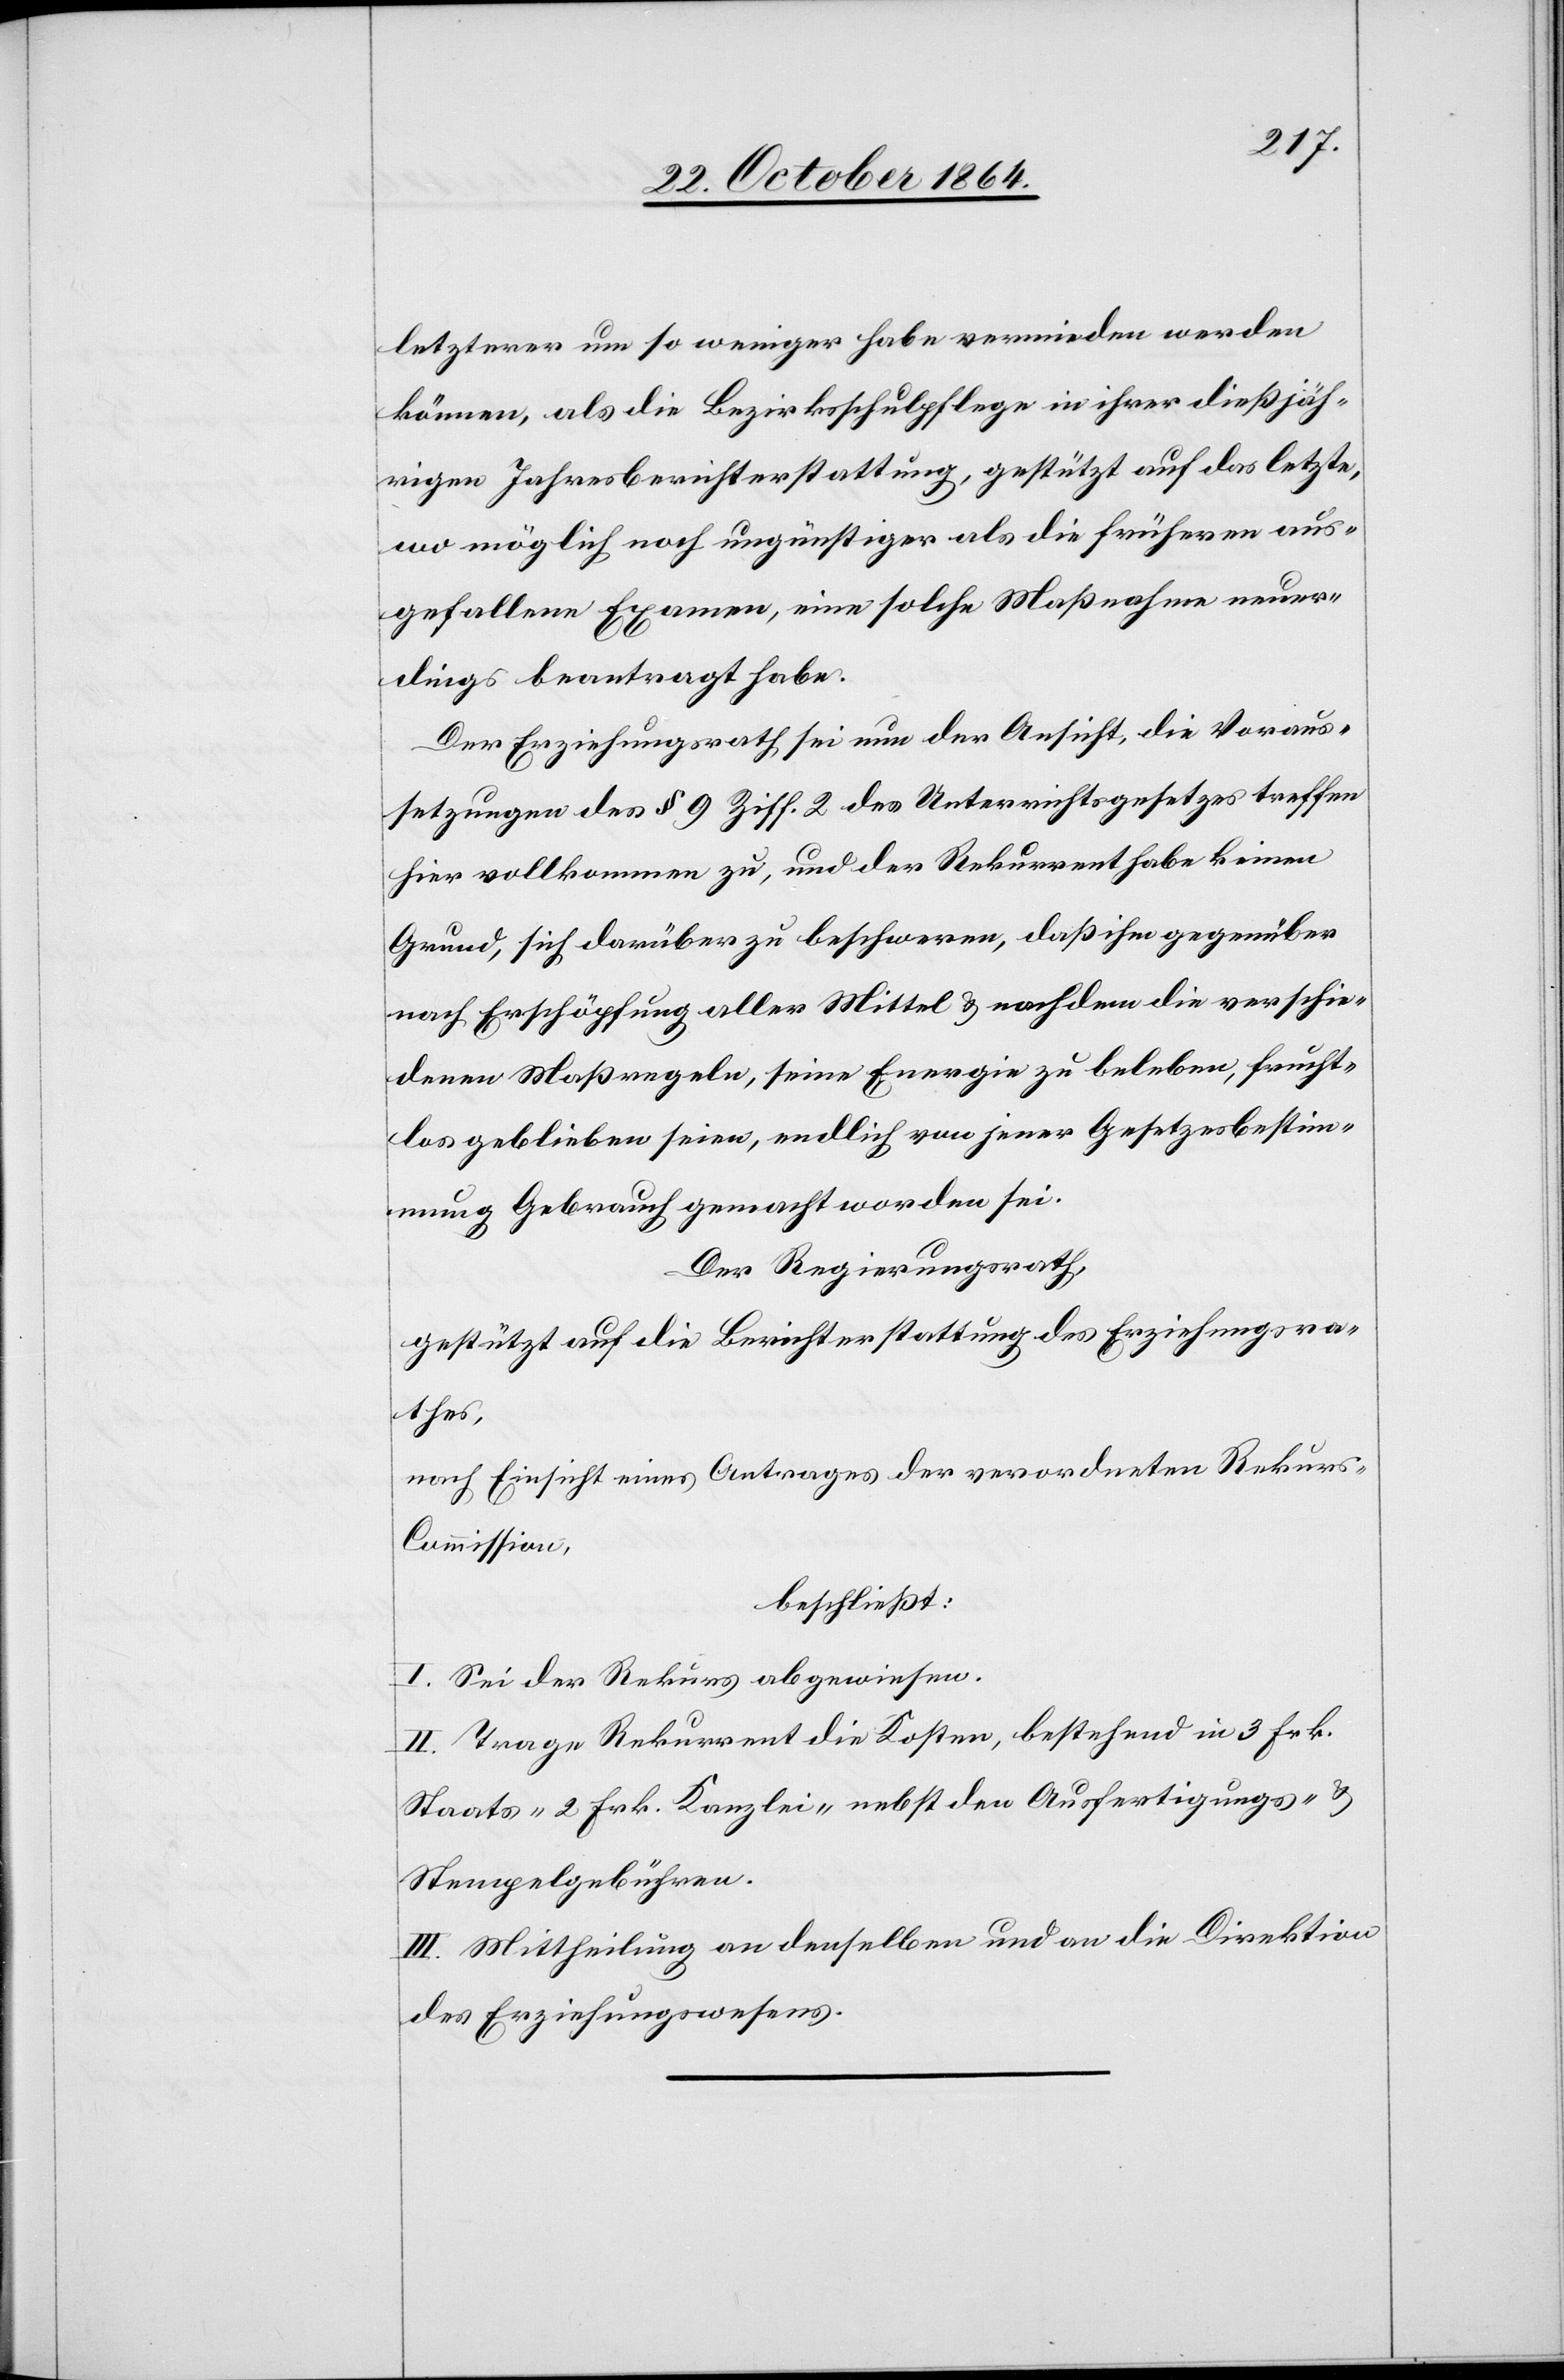
letzterer um so weniger habe vermieden werden
können, als die Bezirksschulpflege in ihrer dießfäl¬
ligen Jahresberichterstattung gestützt auf das letzte
wo möglich noch ungünstiger als die früheren aus¬
gefallene Examen, eine solche Maßnahme neuer¬
dings beantragt habe.
Der Erziehungsrath sei nun der Ansicht, die Voraus¬
setzungen des § 9 Ziff. 2 des Unterrichtsgesetzes treffen
hier vollkommen zu, und der Rekurrent habe keinen
Grund, sich darüber zu beschweren, daß ihm gegenüber
nach Erschöpfung aller Mittel & nachdem die verschie¬
denen Maßregeln, seine Energie zu beleben, frucht¬
los geblieben seien, endlich von jener Gesetzesbestim¬
mung Gebrauch gemacht worden sei.
Der Regierungsrath,
gestützt auf die Berichterstattung des Erziehungsra¬
thes,
nach Einsicht eines Antrages der verordneten Rekur¬
s-Commission,
beschließt:
I. Sei der Rekurs abgewiesen.
II. Trage Rekurrent die Kosten, bestehend in 3 Frk.
Staats- 2 Frk. Kanzlei- nebst den Ausfertigungs- &
Stempelgebühren.
III. Mittheilung an denselben und an die Direktion
des Erziehungswesens.